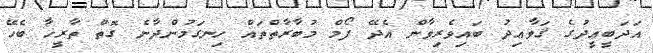
އަދަބީޢީދުގެ ޤަވާޢިދު ބައިވެރިވާން އެދޭ ފޯމް މުބާރާތްތައް ހިނގަމުންދާނެ ގޮތް ތާރީޚާ ބެހޭ